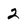
Character: 2